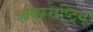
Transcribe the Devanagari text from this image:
आंतरराष्ट्रिय्